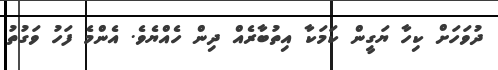
ދުވަހަށް ކިހާ ޔަގީން ކަމަކާ އިތުބާރެއް ދިން ހެއްޔެވެ. އެންމެ ފަހު ވަގުތު